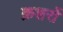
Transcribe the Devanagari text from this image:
क्रशरों